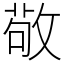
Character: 敬